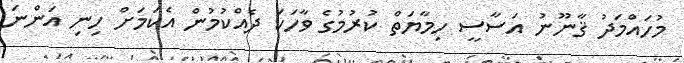
މުހައްމަދު ޤާނޫނު އަސާސީ ހިމާޔަތް ކުރުމުގެ ވާހަކަ ދެއްކުމުން އެކަމަށް ހިނި އަންނަ